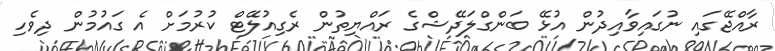
ރާއްޖޭގައި ނުގައިވާއިދުން އުޅޭ ބަންގްލަދޭޝްގެ ރައްޔިތުން ރެގިއުލޭޓް ކުރުމަށް އެ ގައުމުން ދިވެހި